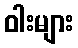
ဝါးများ